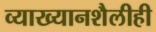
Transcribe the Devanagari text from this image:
व्याख्यानशैलीही